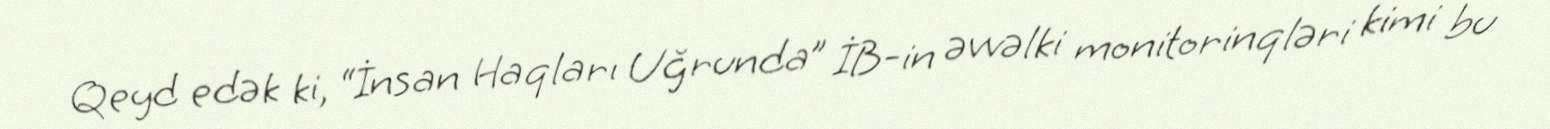
Qeyd edək ki, “İnsan Haqları Uğrunda” İB-in əvvəlki monitorinqləri kimi bu